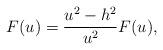
LaTeX: \begin{align*}F(u)=\frac{u^{2}-h^{2}}{u^{2}}F(u),\end{align*}